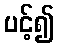
ပင့်၍